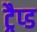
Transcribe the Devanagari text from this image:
ट्रैप्ड